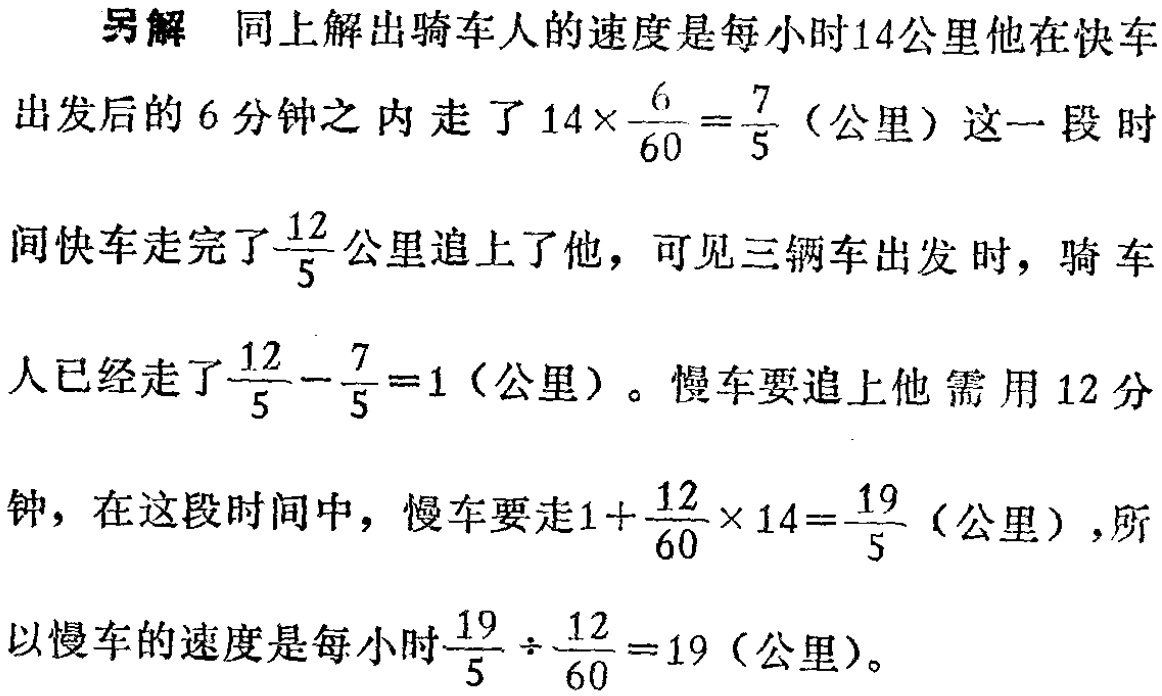
另解 同上解出骑车人的速度是每小时14公里他在快车
出发后的6分钟之内走了\(14\times\frac{6}{60}=\frac{7}{5}\)（公里）这一段时间
间快车走完了\(\frac{12}{5}\)公里追上了他，可见三辆车出发时，骑车
人已经走了\(\frac{12}{5}-\frac{7}{5}=1\)（公里）。慢车要追上他需用12分
钟，在这段时间中，慢车要走\(1 + \frac{12}{60}\times14=\frac{19}{5}\)（公里），所
以慢车的速度是每小时\(\frac{19}{5}\div\frac{12}{60}=19\)（公里）。